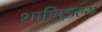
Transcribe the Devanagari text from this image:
शाणि्डल्य